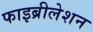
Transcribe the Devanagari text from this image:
फाइब्रीलेशन